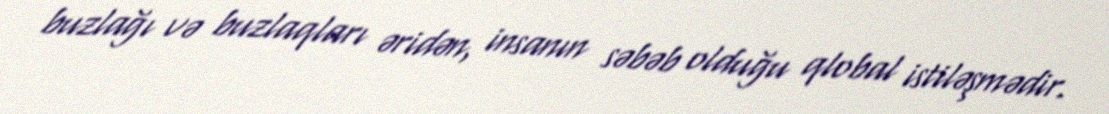
buzlağı və buzlaqları əridən, insanın səbəb olduğu qlobal istiləşmədir.